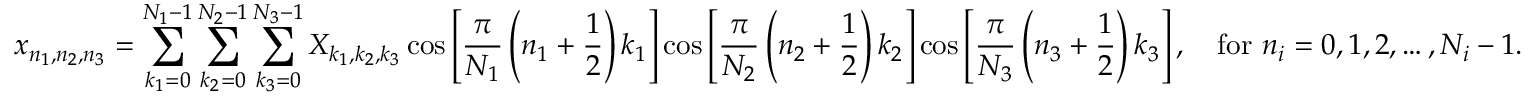
x _ { n _ { 1 } , n _ { 2 } , n _ { 3 } } = \sum _ { k _ { 1 } = 0 } ^ { N _ { 1 } - 1 } \sum _ { k _ { 2 } = 0 } ^ { N _ { 2 } - 1 } \sum _ { k _ { 3 } = 0 } ^ { N _ { 3 } - 1 } X _ { k _ { 1 } , k _ { 2 } , k _ { 3 } } \cos \left[ { \frac { \pi } { N _ { 1 } } } \left( n _ { 1 } + { \frac { 1 } { 2 } } \right) k _ { 1 } \right] \cos \left[ { \frac { \pi } { N _ { 2 } } } \left( n _ { 2 } + { \frac { 1 } { 2 } } \right) k _ { 2 } \right] \cos \left[ { \frac { \pi } { N _ { 3 } } } \left( n _ { 3 } + { \frac { 1 } { 2 } } \right) k _ { 3 } \right] , \quad { \mathrm { f o r ~ } } n _ { i } = 0 , 1 , 2 , \dots , N _ { i } - 1 .